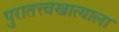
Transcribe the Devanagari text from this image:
पुरातत्त्वखात्याला